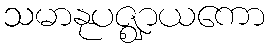
သမာနုပဇ္ဈာယကော